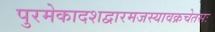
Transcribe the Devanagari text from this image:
पुरमेकादशद्वारमजस्यावक्रचेतसः